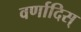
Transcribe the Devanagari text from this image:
वर्णादिस्‌